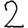
Digit: 2